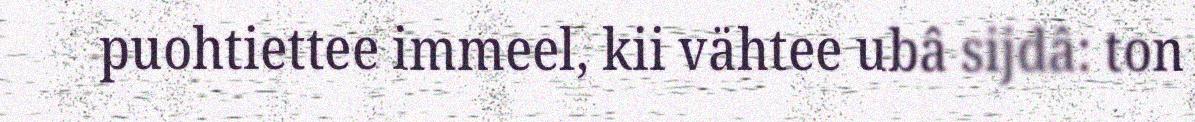
puohtiettee immeel, kii vähtee ubâ sijdâ: ton